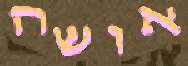
אושה